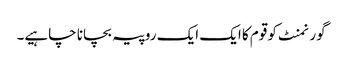
گورنمنٹ کو قوم کا ایک ایک روپیہ بچانا چاہیے۔